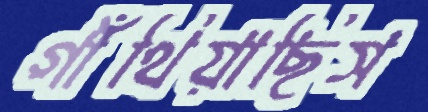
গাঁথিয়াছিস